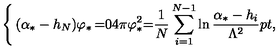
\left\{ \begin{matrix} { ( \alpha _ { * } - h _ { N } ) \varphi _ { * } } & { = } & { 0 \hfill } \\ { 4 \pi \varphi _ { * } ^ { 2 } } & { = } & { \displaystyle { \frac { 1 } { N } } \sum _ { i = 1 } ^ { N - 1 } \ln { \frac { \alpha _ { * } - h _ { i } } { \Lambda ^ { 2 } } } \raise 2 p t \mathrm { , } } \\ \end{matrix} \right.